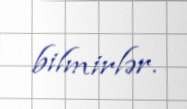
bilmirlər.